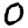
Digit: 0